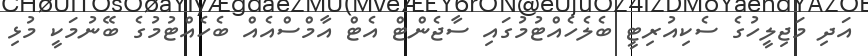
އަދި މަޖިލީހުގެ ސެކިއުރިޓީ ބެލެހެއްޓުމުގައި ސާޖެންޓް އެޓް އާމްސްއެއް ބެހެއްޓުމުގެ ބޭނުމަކީ މުޅި